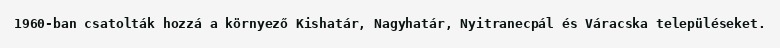
1960-ban csatolták hozzá a környező Kishatár, Nagyhatár, Nyitranecpál és Váracska településeket.